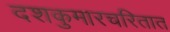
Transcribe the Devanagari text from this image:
दशकुमारचरितात